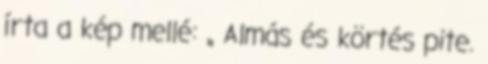
írta a kép mellé: „ Almás és körtés pite.